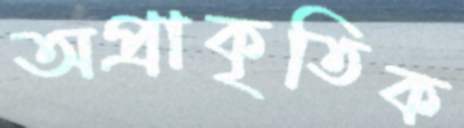
অপ্রাকৃতিক